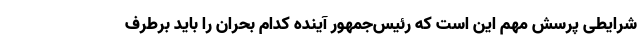
شرایطی پرسش مهم این است که رئیس‌جمهور آینده کدام بحران را باید برطرف